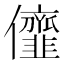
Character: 𠑠